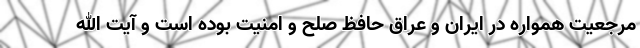
مرجعیت همواره در ایران و عراق حافظ صلح و امنیت بوده است و آیت الله